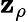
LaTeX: \mathbf{z}_{\rho}